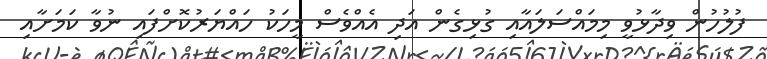
ފުލުހުން ވިދާޅުވީ މިމައްސަލައާއި ގުޅިގެން އަދި އެއްވެސް މީހަކު ހައްޔަރުކޮށްފައި ނުވާ ކަމަށާއި